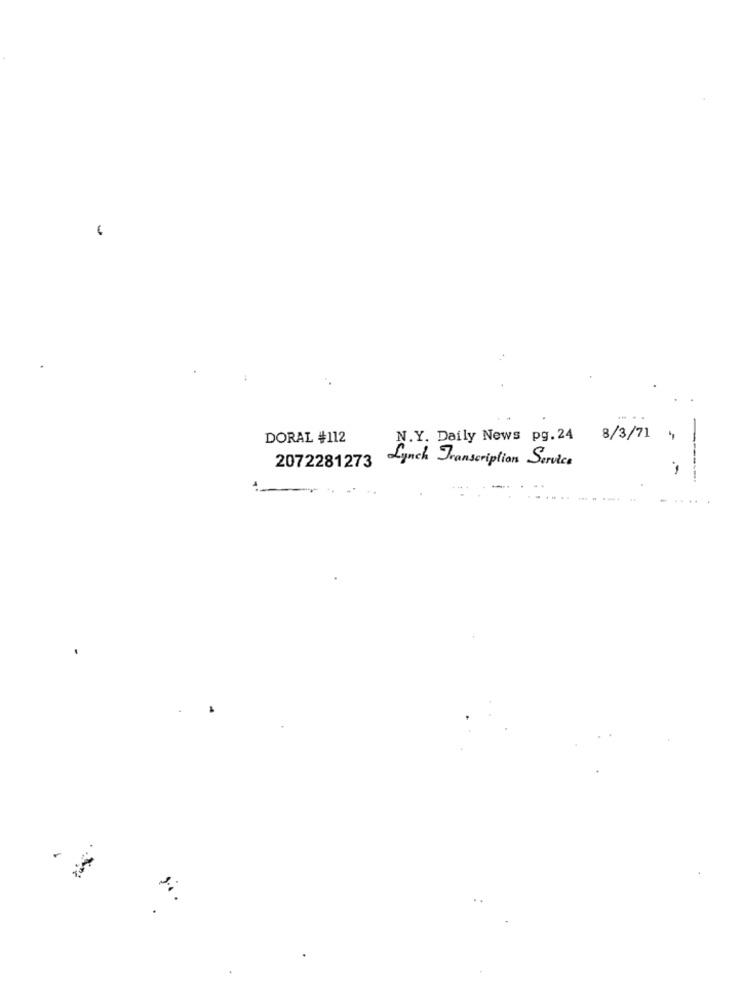
DORAL #112
N.Y. Daily News pg. 24 8/3/71 .
Lynch Transcription Service
2072281273
-